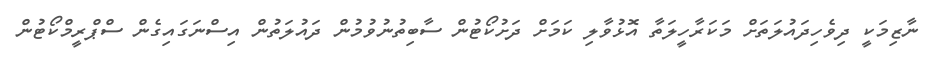
ނާޒިމަކީ ދިވެހިދައުލަތަށް މަކަރާހީލަތާ އޮޅުވާލި ކަމަށް ދަށުކޯޓުން ސާބިތުނުވުމުން ދައުލަތުން އިސްނަގައިގެން ސްޕްރީމްކޯޓުން